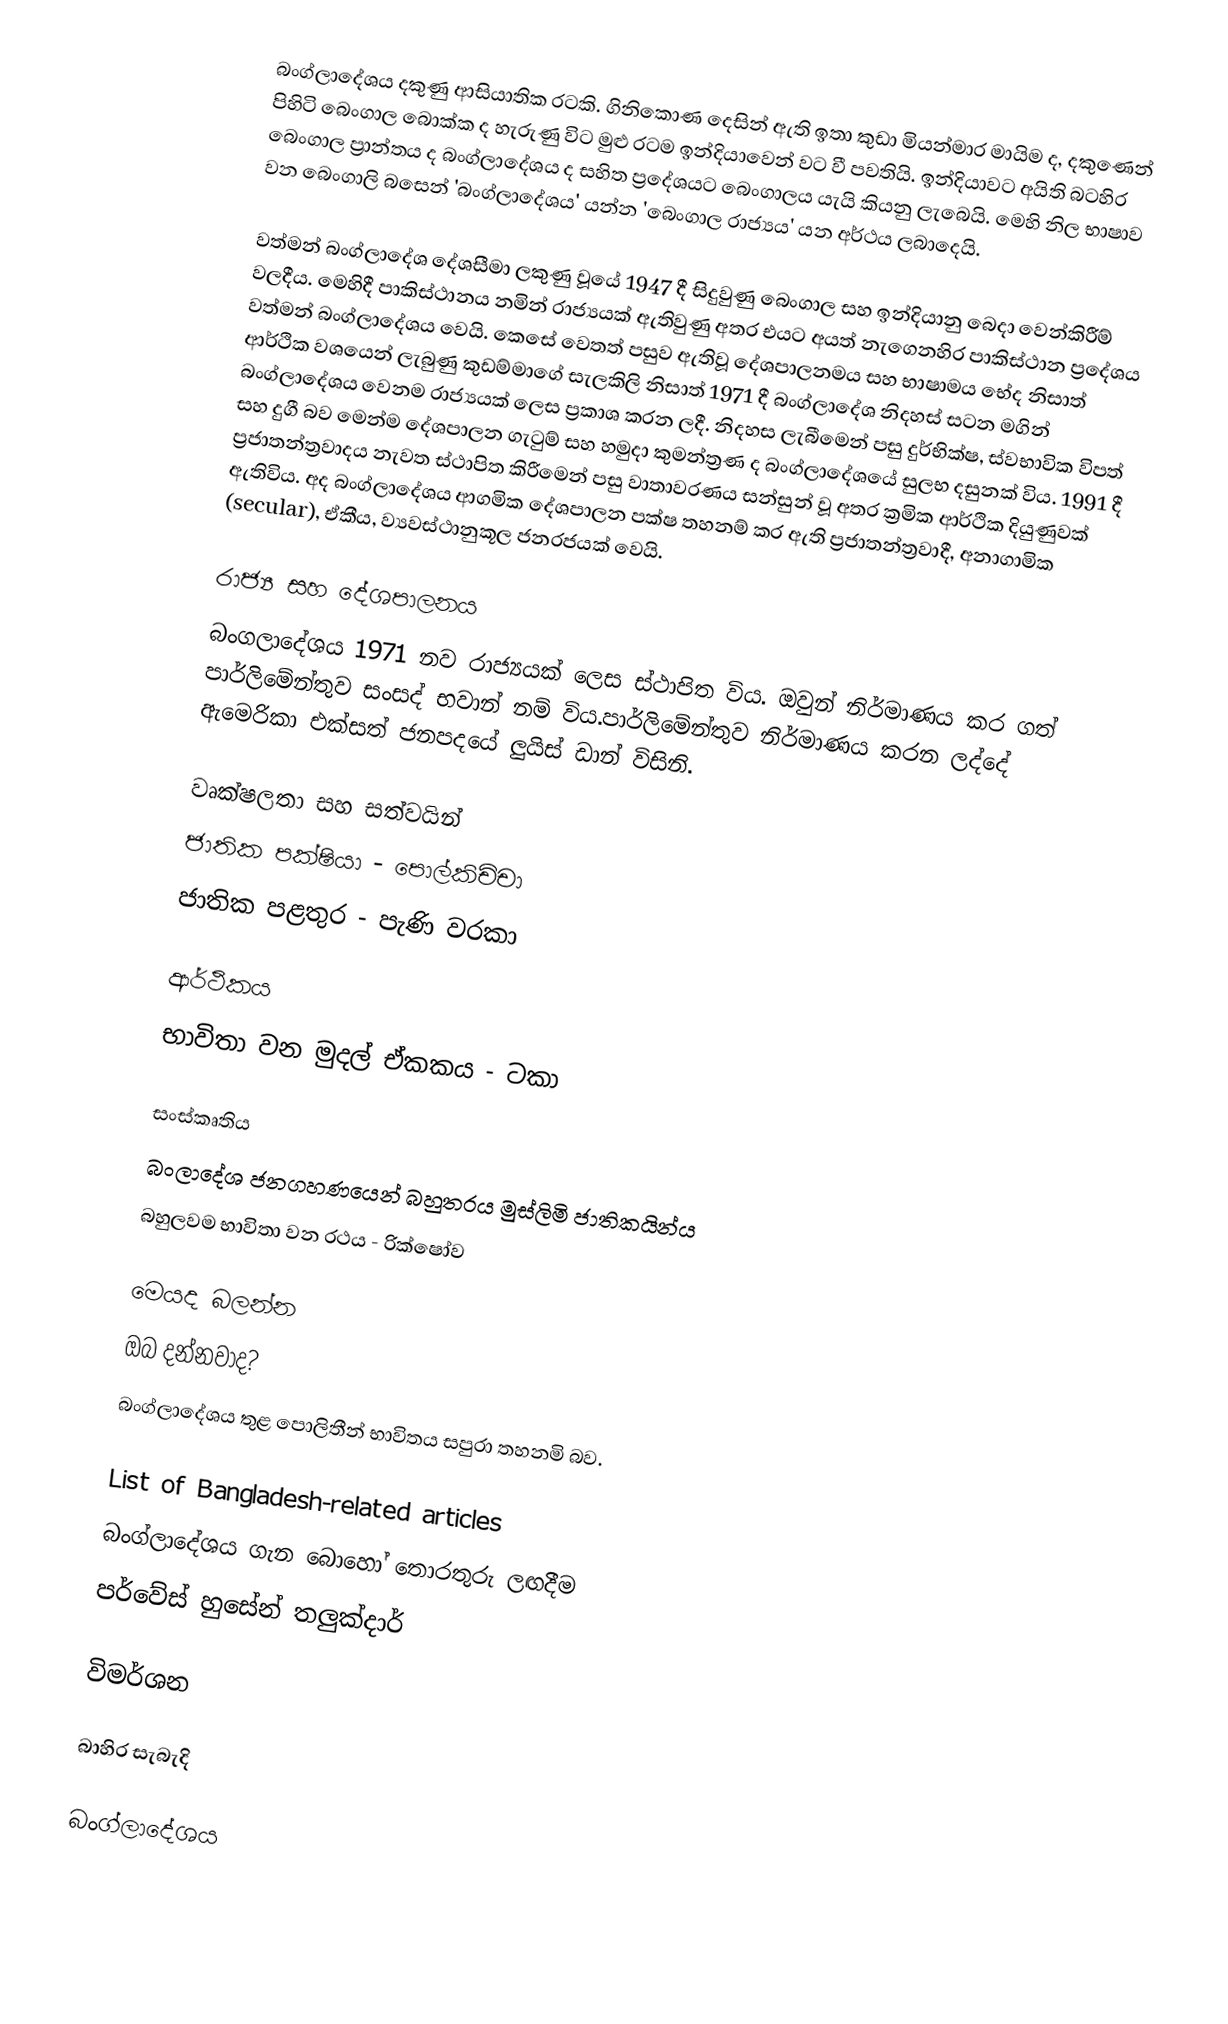
බංග්ලාදේශය දකුණු ආසියාතික රටකි. ගිනිකොණ දෙසින් ඇති ඉතා කුඩා මියන්මාර මායිම ද, දකුණෙන් පිහිටි බෙංගාල බොක්ක ද හැරුණු විට මුළු රටම ඉන්දියාවෙන් වට වී පවතියි. ඉන්දියාවට අයිති බටහිර බෙංගාල ප්‍රාන්තය ද බංග්ලාදේශය ද සහිත ප්‍රදේශයට බෙංගාලය යැයි කියනු ලැබෙයි. මෙහි නිල භාෂාව වන බෙංගාලි බසෙන් 'බංග්ලාදේශය' යන්න 'බෙංගාල රාජ්‍යය' යන අර්ථය ලබා‍දෙයි.

වත්මන් බංග්ලාදේශ දේශසීමා ලකුණු වූයේ 1947 දී සිදුවුණු බෙංගාල සහ ඉන්දියානු බෙදා වෙන්කිරීම් වලදීය.  මෙහිදී පාකිස්ථානය නමින් රාජ්‍යයක් ඇතිවුණු අතර එයට අයත් නැගෙනහිර පාකිස්ථාන ප්‍රදේශය වත්මන් බංග්ලාදේශය වෙයි. කෙසේ වෙතත් පසුව ඇතිවූ දේශපාලනමය සහ භාෂාමය භේද නිසාත් ආර්ථික වශයෙන් ලැබුණු කුඩම්මාගේ සැලකිලි නිසාත් 1971 දී බංග්ලාදේශ නිදහස් සටන මගින් බංග්ලාදේශය වෙනම රාජ්‍යයක් ලෙස ප්‍රකාශ කරන ලදී. නිදහස ලැබීමෙන් පසු දුර්භික්ෂ, ස්වභාවික විපත් සහ දුගී බව මෙන්ම දේශපාලන ගැටුම් සහ හමුදා කුමන්ත්‍රණ ද බංග්ලාදේශයේ සුලභ දසුනක් විය. 1991 දී ප්‍රජාතන්ත්‍රවාදය නැවත ස්ථාපිත කිරීමෙන් පසු වාතාවරණය සන්සුන් වූ අතර ක්‍රමික ආර්ථික දියුණුවක් ඇතිවිය. අද බංග්ලාදේශය ආගමික දේශපාලන පක්ෂ  තහනම් කර ඇති ප්‍රජාතන්ත්‍රවාදී, අනාගාමික (secular), ඒකීය, ව්‍යවස්ථානුකූල ජනරජයක් වෙයි.

රාජ්‍ය සහ දේශපාලනය
බංගලාදේශය 1971 නව රාජ්‍යයක් ලෙස  ස්ථාපිත විය. ඔවුන් නිර්මාණය කර ගත් පාර්ලිමේන්තුව  සංසද් භවාන් නම් විය.පාර්ලිමේන්තුව නිර්මාණය කරන ලද්දේ ඇමෙරිකා එක්සත් ජනපදයේ ලුයිස් ඩාන් විසිනි.

වෘක්ෂලතා සහ සත්වයින්
ජාතික පක්ෂියා - පොල්කිචිචා
ජාතික පළතුර - පැණි වරකා

ආර්ථිකය
භාවිතා වන මුදල් ඒකකය - ටකා

සංස්කෘතිය
බංලාදේශ ජනගහණයෙන් බහුතරය මුස්ලිමි ජාතිකයින්ය
බහුලවම භාවිතා වන රථය - රික්ෂෝව

මෙයද බලන්න
ඔබ දන්නවාද?
බංග්ලාදේශය තුළ පොලිතීන් භාවිතය සපුරා තහනමි බව.

 List of Bangladesh-related articles
බංග්ලාදේශය ගැන බොහෝ තොරතුරු ලඟදීම
 පර්වේස් හුසේන් තලුක්දාර්

විමර්ශන

බාහිර සැබැදි

බංග්ලාදේශය